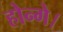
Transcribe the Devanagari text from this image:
होन्गे।